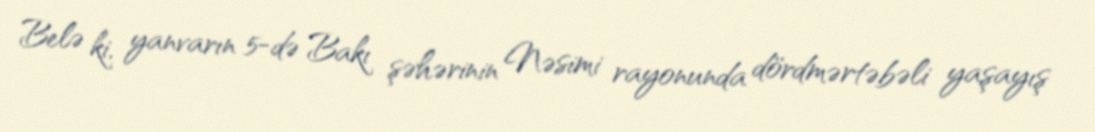
Belə ki, yanvarın 5-də Bakı şəhərinin Nəsimi rayonunda dördmərtəbəli yaşayış